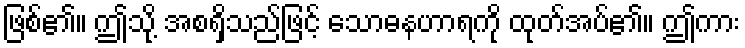
ဖြစ်၏။ ဤသို့ အစရှိသည်ဖြင့် သောဓနဟာရကို ထုတ်အပ်၏။ ဤကား